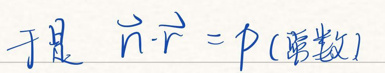
于是\( \vec{n} \cdot \vec{r} = p(\)常数)